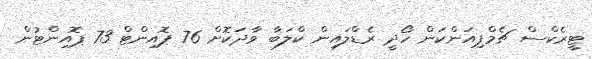
ޓީރެކްސް ޗެމްޕިއަންކަން ހޯދީ ރެޑްލައިން ކްލަބާ ވާދަކޮށް 76 ޕޮއިންޓް 73 ޕޮއިންޓުން